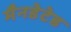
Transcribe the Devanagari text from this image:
मैनडेटेड